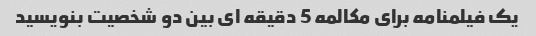
یک فیلمنامه برای مکالمه 5 دقیقه ای بین دو شخصیت بنویسید